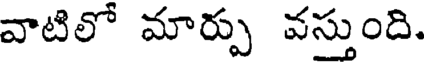
వాటిలో మార్పు వస్తుంది.